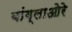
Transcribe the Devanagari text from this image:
बांग्लाओरे